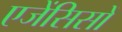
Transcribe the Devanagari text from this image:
एजेंसिसों